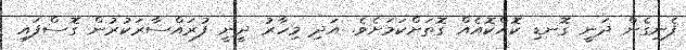
ފެނިގެން ދަނީ ގޮނޑި ކޮއްކޮއެއް ގޮތަށްކަމަށެވެ. އަދި މިހާރު ދީނީ ފުރައްސާރަކުރުން ގޮސްފައި